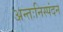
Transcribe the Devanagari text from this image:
अन्तःनिस्पंदन